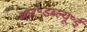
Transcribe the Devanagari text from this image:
आर॰डब्ल्यू॰ई